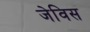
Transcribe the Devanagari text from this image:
जेविस